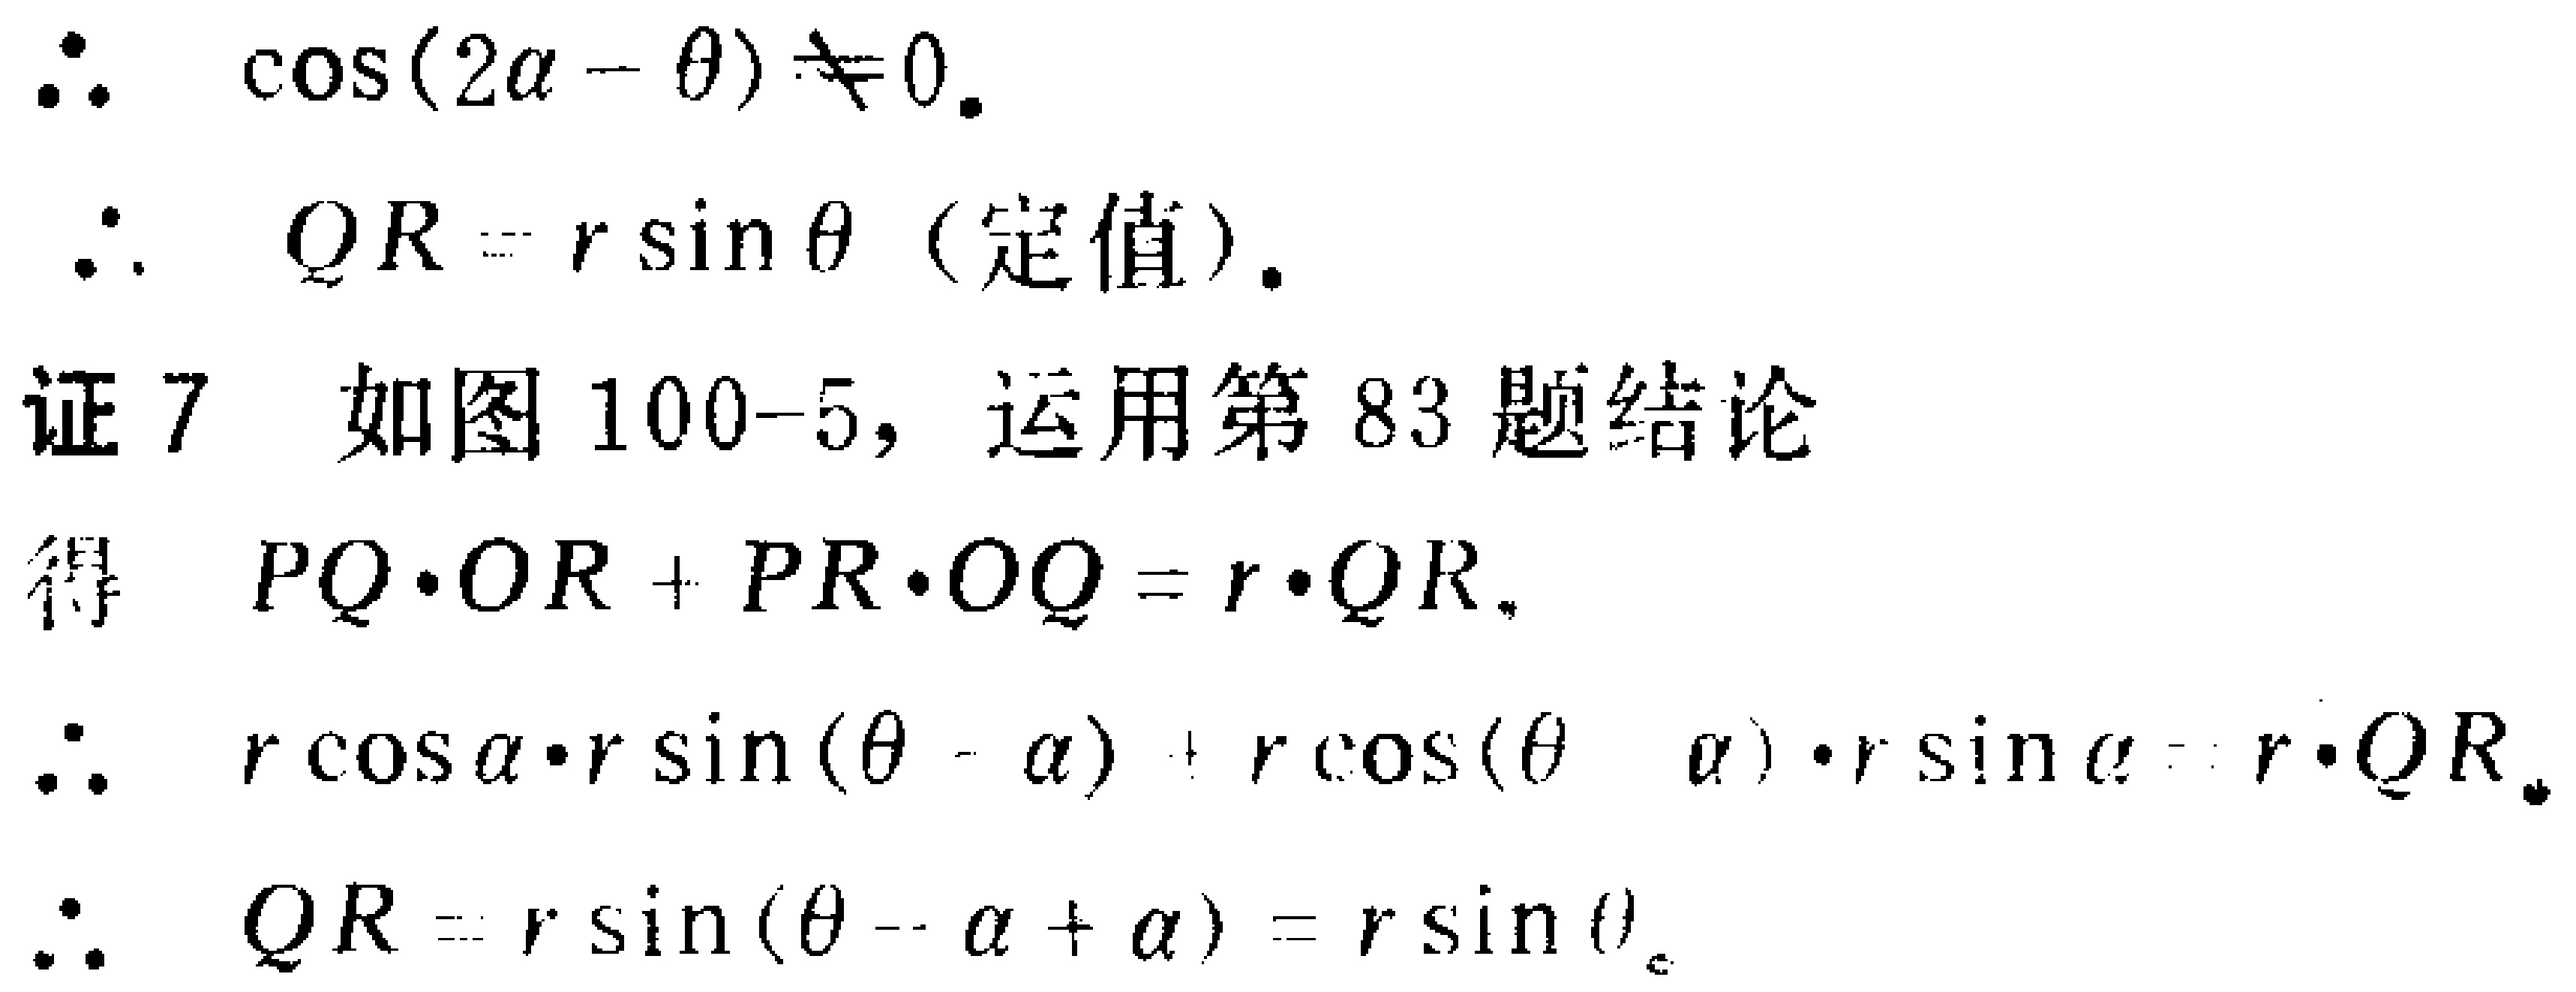
\begin{align*}

&\therefore\cos(2\alpha - \theta)\neq0.\\

&\therefore QR = r\sin\theta\ (\text{定值}).\\

&\text{证 7}\quad\text{如图 100 - 5，运用第 83 题结论}\\

&\text{得}\quad PQ\cdot OR + PR\cdot OQ = r\cdot QR.\\

&\therefore r\cos\alpha\cdot r\sin(\theta - \alpha)+r\cos(\theta - \alpha)\cdot r\sin\alpha = r\cdot QR.\\

&\therefore QR = r\sin(\theta - \alpha+\alpha)=r\sin\theta.

\end{align*}